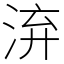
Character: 㳰